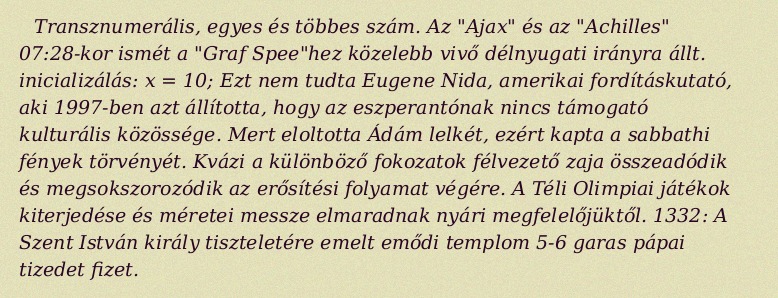
Transznumerális, egyes és többes szám. Az "Ajax" és az "Achilles" 07:28-kor ismét a "Graf Spee"hez közelebb vivő délnyugati irányra állt. inicializálás: x = 10; Ezt nem tudta Eugene Nida, amerikai fordításkutató, aki 1997-ben azt állította, hogy az eszperantónak nincs támogató kulturális közössége. Mert eloltotta Ádám lelkét, ezért kapta a sabbathi fények törvényét. Kvázi a különböző fokozatok félvezető zaja összeadódik és megsokszorozódik az erősítési folyamat végére. A Téli Olimpiai játékok kiterjedése és méretei messze elmaradnak nyári megfelelőjüktől. 1332: A Szent István király tiszteletére emelt emődi templom 5-6 garas pápai tizedet fizet.